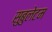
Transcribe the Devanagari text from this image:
सुबुलेटम